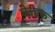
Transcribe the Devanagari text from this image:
बेल्डक